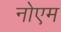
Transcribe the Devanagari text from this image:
नोएम